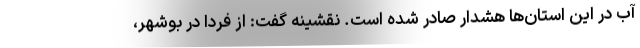
آب در این استان‌ها هشدار صادر شده است. نقشینه گفت: از فردا در بوشهر،